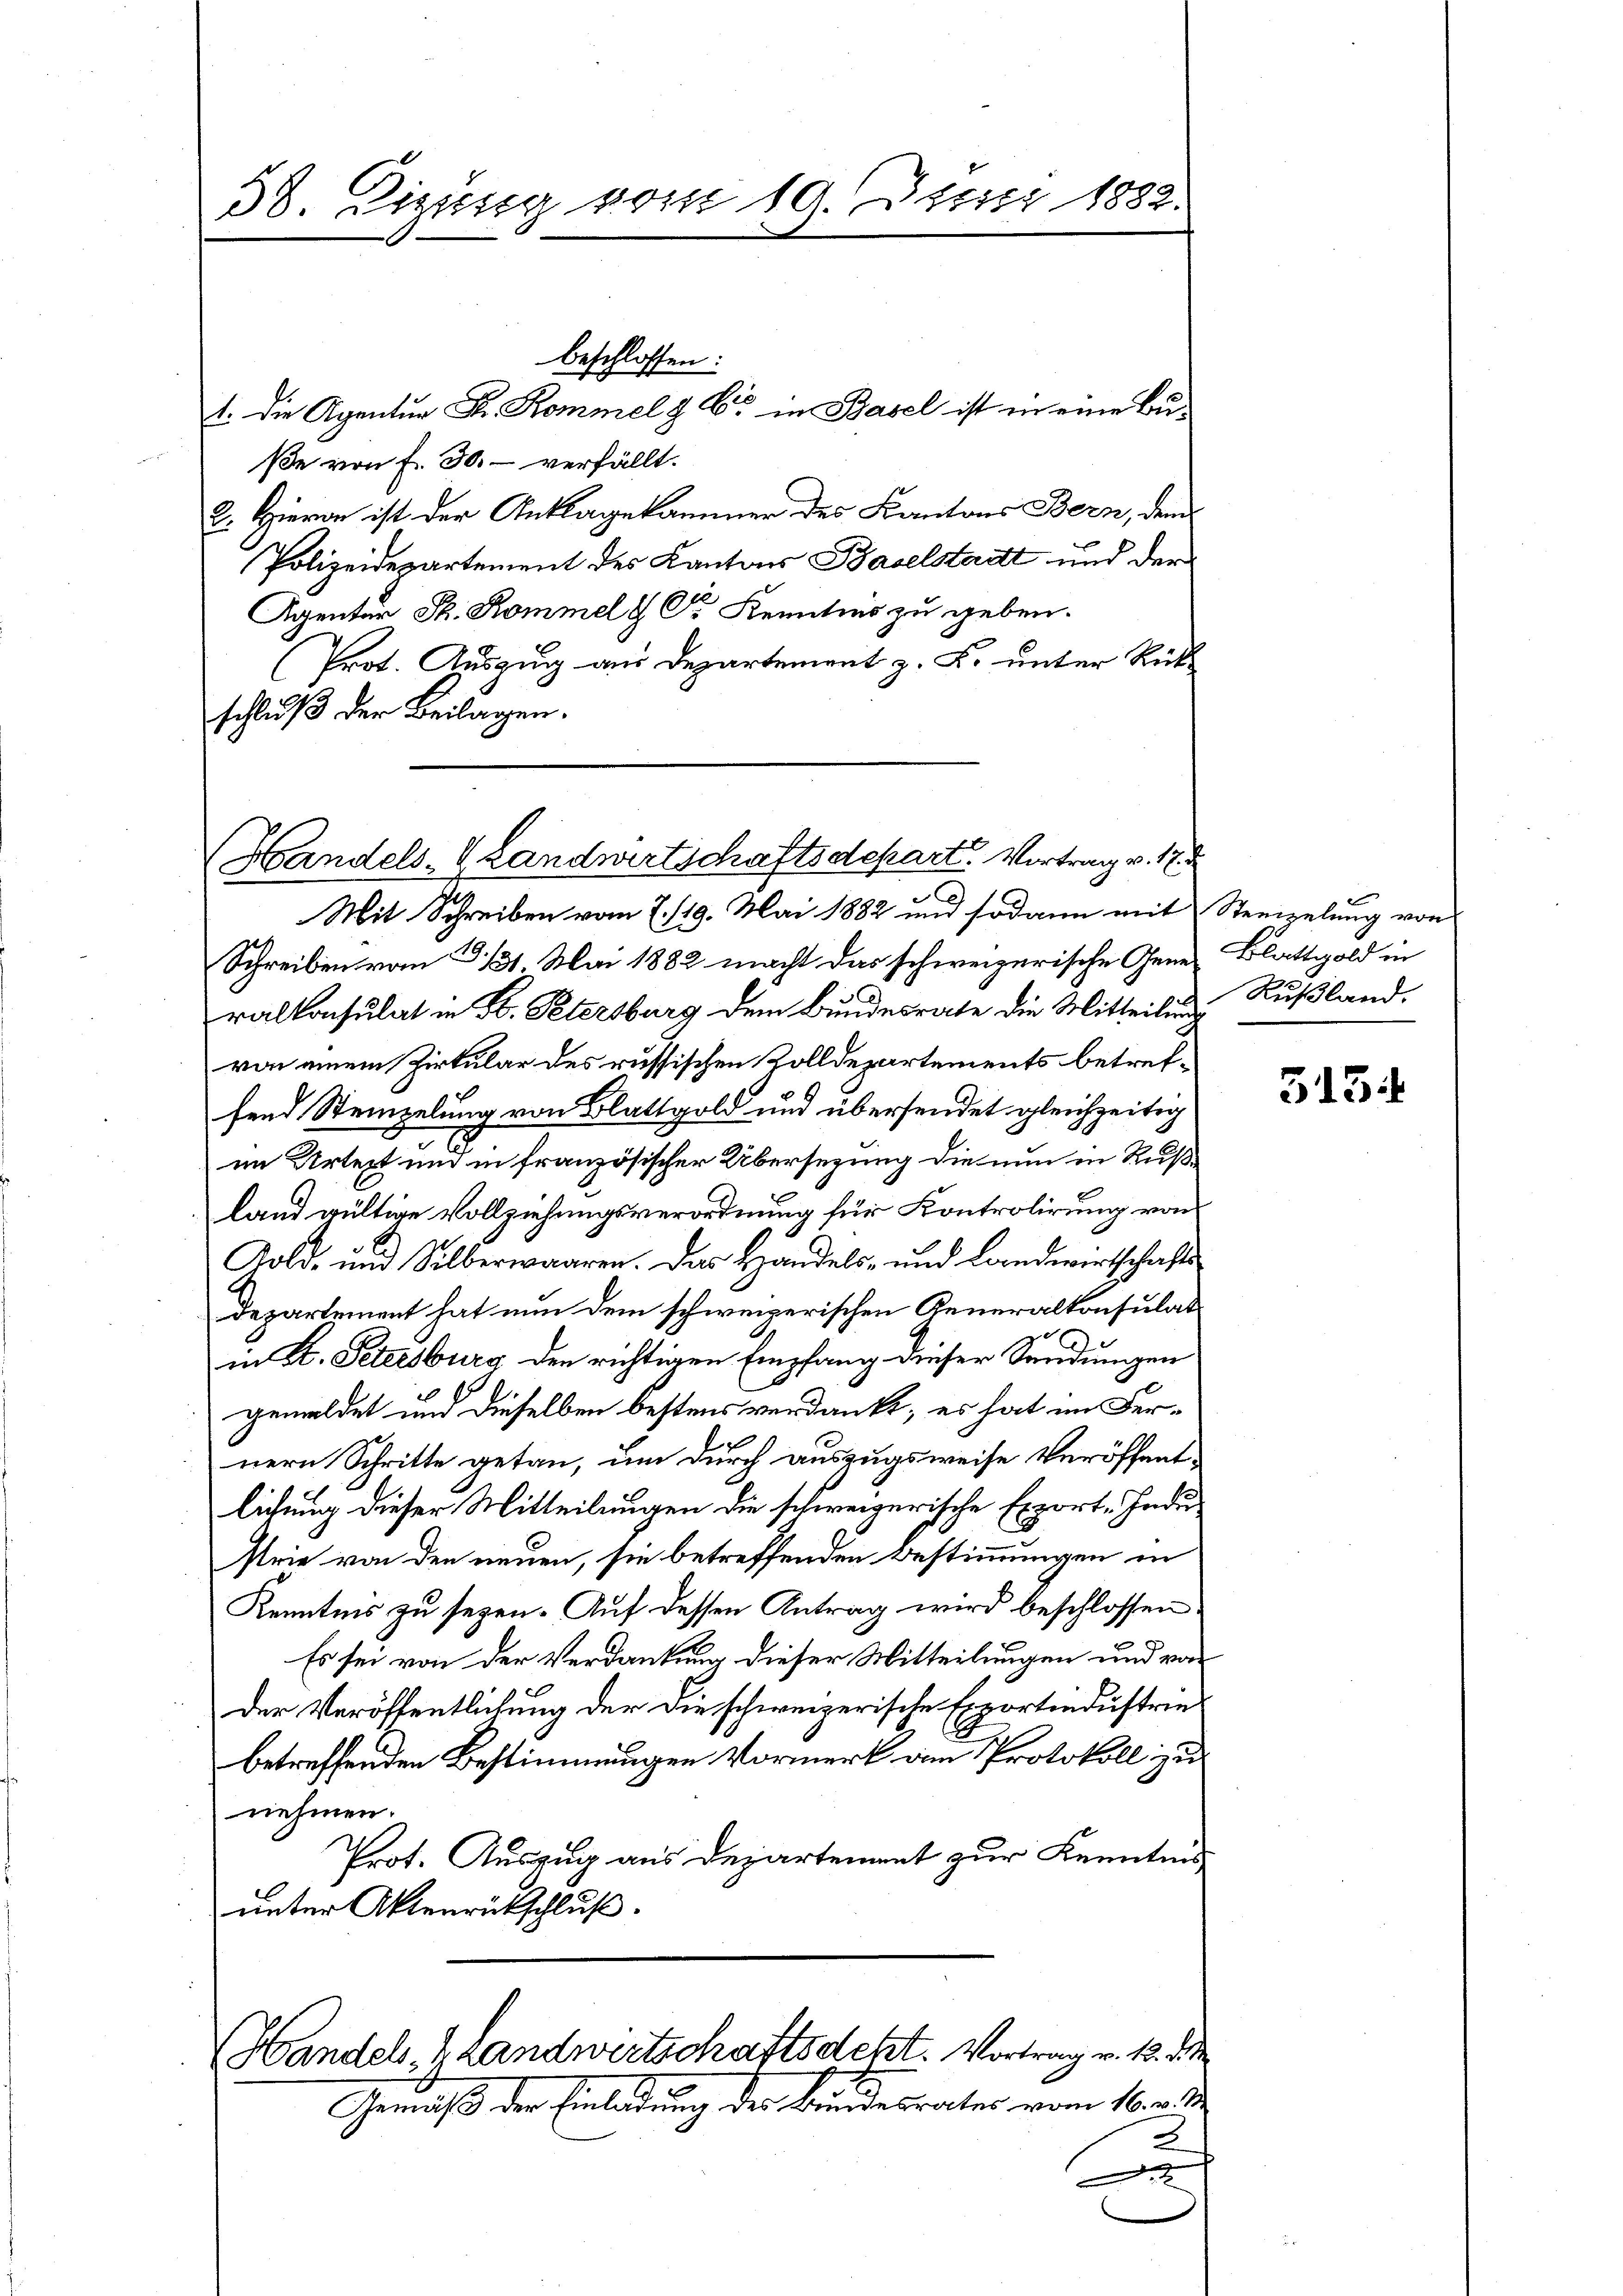
beschlossen:
t. Die Agentur Fr. Kommel & Cie in Basel ist in eine Buße von f. 30. verfällt.
E. Hievon ist der Anklagekammer des Kantons Bern, dem
Polizeidepartement des Kantons Baselstadt und der
Agentar St. Kommelt Dr Kenntnis zu geben.
Prot. Auszug aus Departement z. K. unter Rückschluß der Beilagen.

38. Zizung vom 10. Juni 1882.

Handels- & Landwirtschaftsdepart. Vortrag v. 17. d

Mit Schreiben vom 7. 119. Mai 1882 und sodann mit Streizelung von
Schreiben vom 3. 131 Mai 1882 macht das schweizerische Gener Blattgold in
ralkonsulat in St. Petersburg dem Bundesrate die Mitteilung
von einem Zirkular des russischen Zolldepartements betreffend Steinzelung von Blattgold und übersendet gleichzeitig
im Urteit und in französischer Übersezung die nun in Rußland gültige Vollziehungsverordnung für Kontrolirung von
Gold- und Silberwaaren. Das Handels- und Landwirtschafte
departement hat nun dem schweizerischen Generalkonsulatin St. Petersburg den richtigen Empfang dieser Sandungen
gemeldet und dieselben bestens verdankt; es hat im Fernern Schritte getan, um durch auszugsweise Veröffentlichung dieser Mitteilungen die schweizerische Export-Industrie von den neuen, sie betreffenden Bestimmungen in
Kenntnis zu seyen. Auf dessen Antrag wird beschlossen.
Es sei von der Verdankung dieser Mitteilungen und von
Der Veröffentlichung der die schweizerische Exportindustriebetreffenden Bestimmungen Vormerk dem Protokoll zu
nehmen.
Prot. Auszug aus Departement zur Kenntnis
unter Aktenrückschluß.
Handels Landwirtschaftsdetzt. Vortrag v. 12. d. M
Gemäß der Einladung der Bundesrathes vom 16. d. d.
x

Rußland.

5134